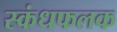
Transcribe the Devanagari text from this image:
स्कंधफलक